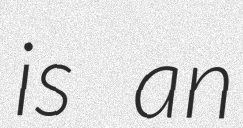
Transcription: is an